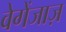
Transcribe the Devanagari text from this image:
वेगेंजाज़